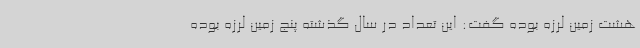
هشت زمین لرزه بوده گفت: این تعداد در سال گذشته پنج زمین لرزه بوده